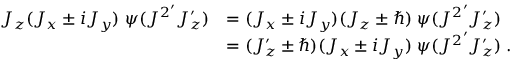
{ \begin{array} { r l } { J _ { z } ( J _ { x } \pm i J _ { y } ) \; \psi ( { J ^ { 2 } } ^ { \prime } J _ { z } ^ { \prime } ) } & { = ( J _ { x } \pm i J _ { y } ) ( J _ { z } \pm \hbar ) \; \psi ( { J ^ { 2 } } ^ { \prime } J _ { z } ^ { \prime } ) } \\ & { = ( J _ { z } ^ { \prime } \pm \hbar ) ( J _ { x } \pm i J _ { y } ) \; \psi ( { J ^ { 2 } } ^ { \prime } J _ { z } ^ { \prime } ) \; . } \end{array} }